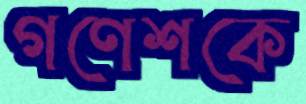
গণেশকে